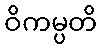
ဝိကမ္ပတိ